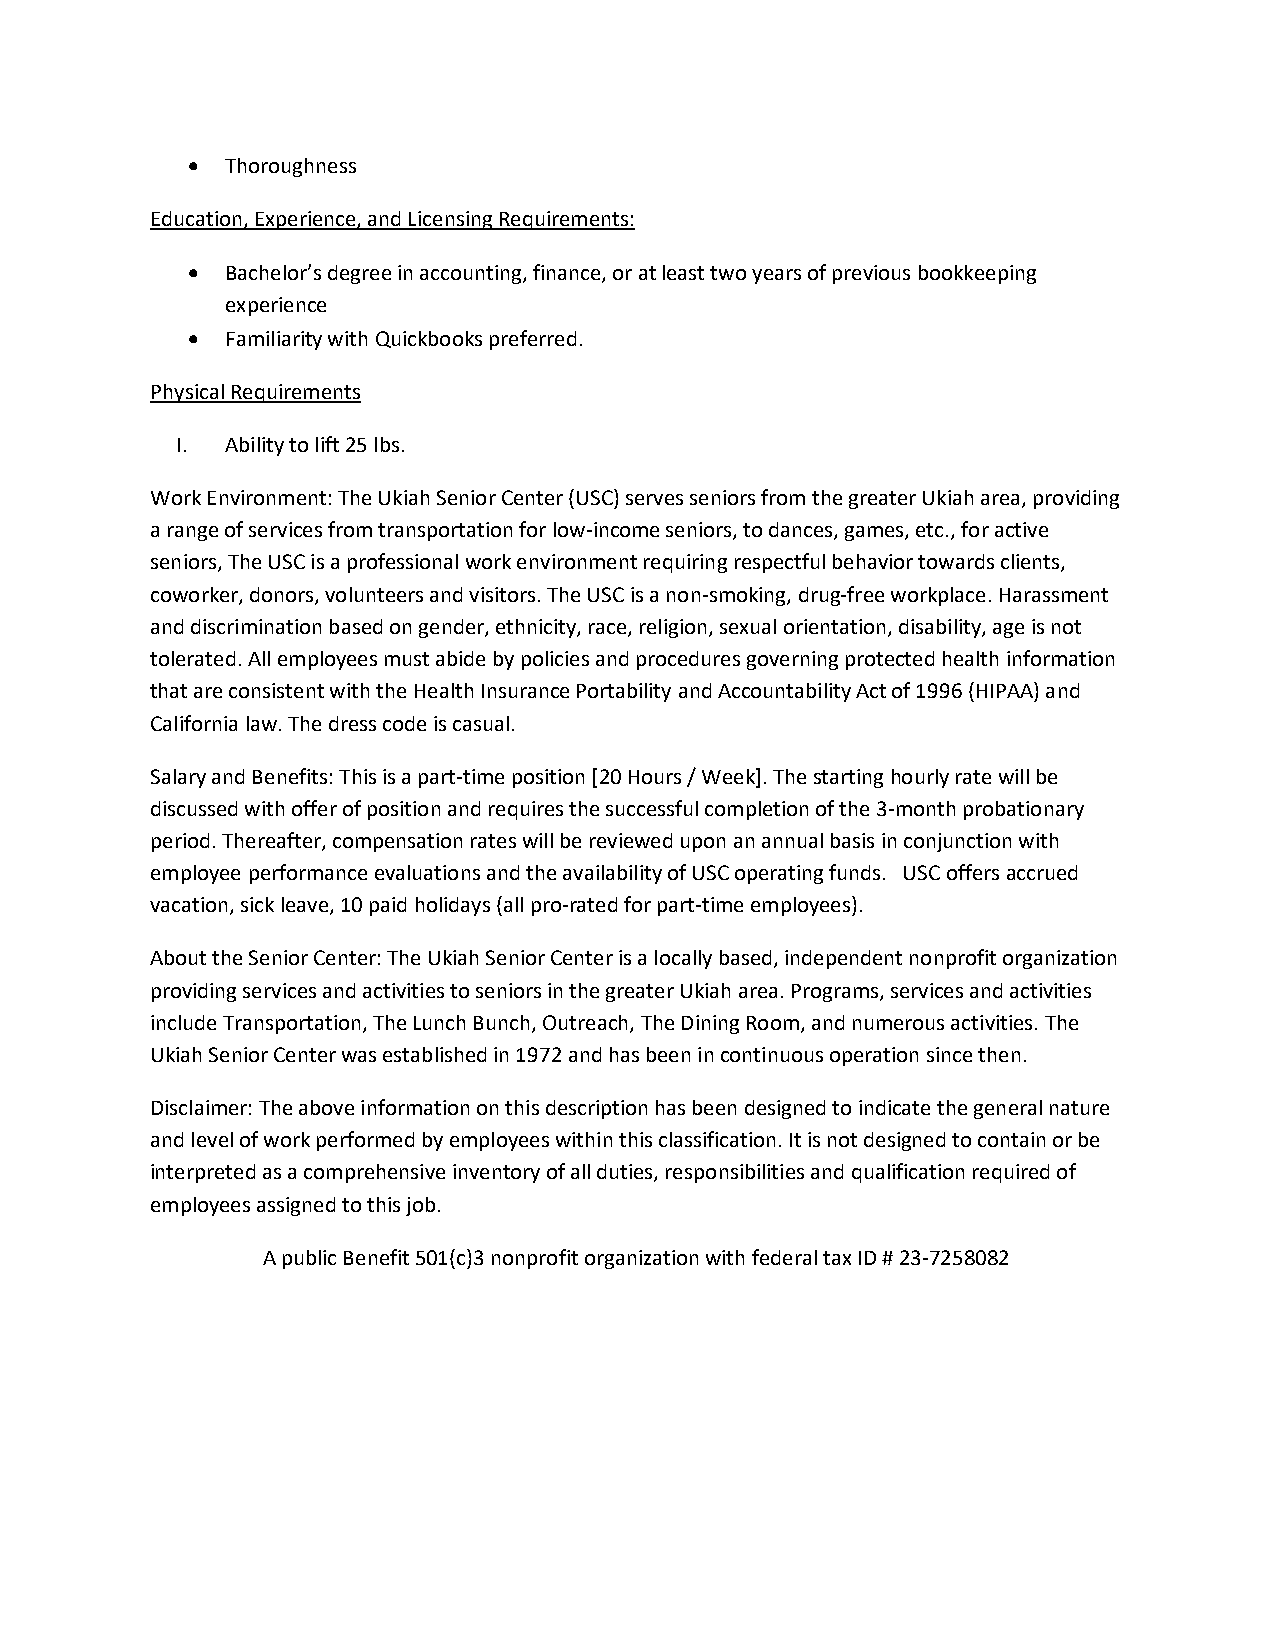
•  Thoroughness
 Education, Experience, and Licensing Requirements:
 •  Bachelor’s degree in accounting, finance, or at least two years of previous bookkeeping
 experience
 •  Familiarity with Quickbooks preferred.
 Physical Requirements
 I. Ability to lift 25 lbs.
 Work Environment: The Ukiah Senior Center (USC) serves seniors from the greater Ukiah area, providing
 a range of services from transportation for low-income seniors, to dances, games, etc., for active
 seniors, The USC is a professional work environment requiring respectful behavior towards clients,
 coworker, donors, volunteers and visitors. The USC is a non-smoking, drug-free workplace. Harassment
 and discrimination based on gender, ethnicity, race, religion, sexual orientation, disability, age is not
 tolerated. All employees must abide by policies and procedures governing protected health information
 that are consistent with the Health Insurance Portability and Accountability Act of 1996 (HIPAA) and
 California law. The dress code is casual.
 Salary and Benefits: This is a part-time position [20 Hours / Week]. The starting hourly rate will be
 discussed with offer of position and requires the successful completion of the 3-month probationary
 period. Thereafter, compensation rates will be reviewed upon an annual basis in conjunction with
 employee performance evaluations and the availability of USC operating funds. USC offers accrued
 vacation, sick leave, 10 paid holidays (all pro-rated for part-time employees).
 About the Senior Center: The Ukiah Senior Center is a locally based, independent nonprofit organization
 providing services and activities to seniors in the greater Ukiah area. Programs, services and activities
 include Transportation, The Lunch Bunch, Outreach, The Dining Room, and numerous activities. The
 Ukiah Senior Center was established in 1972 and has been in continuous operation since then.
 Disclaimer: The above information on this description has been designed to indicate the general nature
 and level of work performed by employees within this classification. It is not designed to contain or be
 interpreted as a comprehensive inventory of all duties, responsibilities and qualification required of
 employees assigned to this job.
 A public Benefit 501(c)3 nonprofit organization with federal tax ID # 23-7258082